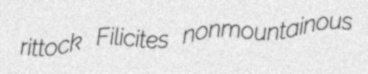
rittock Filicites nonmountainous